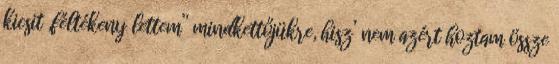
kicsit „féltékeny lettem” mindkettőjükre, hisz’ nem az­ért hoztam össze